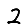
Digit: 2